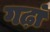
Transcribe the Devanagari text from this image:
गढ़ां